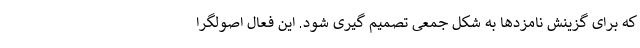
که برای گزینش نامزدها به شکل جمعی تصمیم گیری شود. این فعال اصولگرا